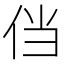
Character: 𰁸